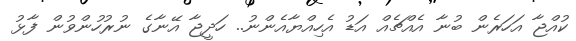
ކުއްޖާ އަހަރެން ބުނާ އެއްޗެއް އަޑު އެހިއްޔާއެންނު.. ހަދީޖާ އޭނާގެ ނުރުހުންވުން ފާޅު